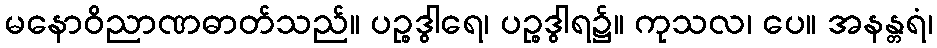
မနောဝိညာဏဓာတ်သည်။ ပဉ္စဒွါရေ၊ ပဉ္စဒွါရ၌။ ကုသလ၊ ပေ။ အနန္တရံ၊